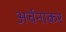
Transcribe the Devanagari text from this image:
अर्चनाकर